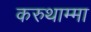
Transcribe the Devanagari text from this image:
करुथाम्मा